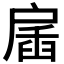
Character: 𢩖